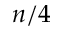
n / 4